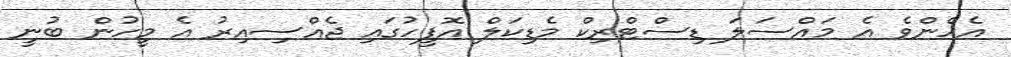
އެހެންވެ އެ މައްސަލަ ޑިސްޓްރިކް މެޑިކަލް އޮފީހުގައި ޖެއްސިއިރު އެ މީހުން ބުނީ